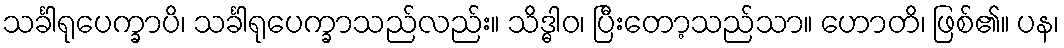
သင်္ခါရုပေက္ခာပိ၊ သင်္ခါရုပေက္ခာသည်လည်း။ သိဒ္ဓါဝ၊ ပြီးတော့သည်သာ။ ဟောတိ၊ ဖြစ်၏။ ပန၊